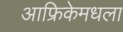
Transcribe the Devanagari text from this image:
आफ्रिकेमधला